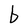
Character: b